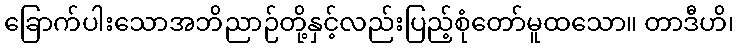
ခြောက်ပါးသောအဘိညာဉ်တို့နှင့်လည်းပြည့်စုံတော်မူထသော။ တာဒီဟိ၊